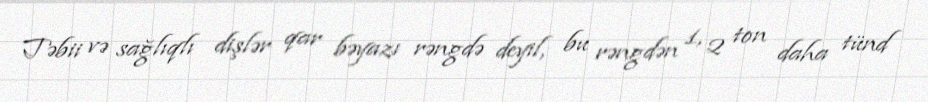
Təbii və sağlıqlı dişlər qar bəyazı rəngdə deyil, bu rəngdən 1, 2 ton daha tünd